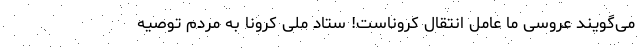
می‌گویند عروسی ما عامل انتقال کروناست! ستاد ملی کرونا به مردم توصیه